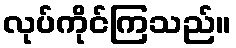
လုပ်ကိုင်ကြသည်။